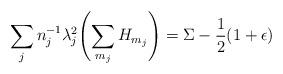
LaTeX: \begin{align*}\sum_j n_j^{-1} \lambda_j^2\Biggl(\sum_{m_j} H_{m_j}\Biggr)=\Sigma-\frac{1}{2} (1+\epsilon)\end{align*}